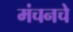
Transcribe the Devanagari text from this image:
मंचनचे